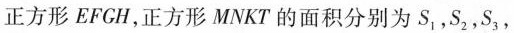
正方形EFGH，正方形MNKT的面积分别为S_{1}，S_{2}，S_{3}，